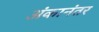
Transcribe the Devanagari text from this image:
अंकानंतर